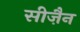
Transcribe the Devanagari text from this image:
सीज़ैन